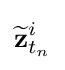
{\widetilde {\mathbf {z} }}_{t_{n}}^{i}